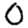
Digit: 0